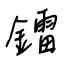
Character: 鐳